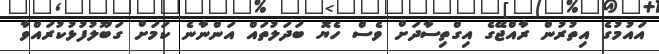
އައުމުގެ އިތުރުން ރާއްޖޭގެ އިގްތިސާދަށް ވެސް ހެޔޮ ބަދަލުތައް އަންނާނެ ކަމަށް ގަބޫލުފުޅުކުރައްވާ